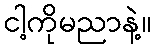
ငါ့ကိုမညာနဲ့။